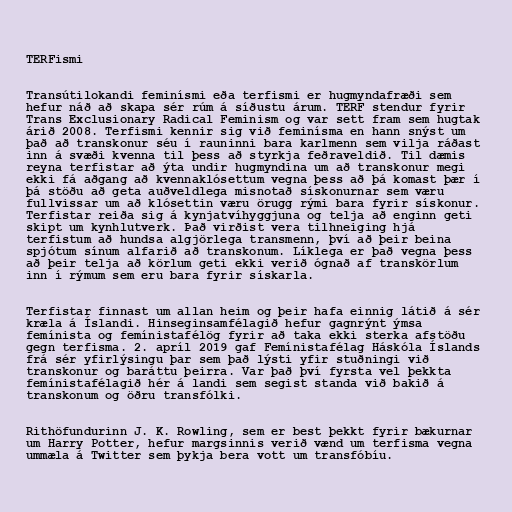
TERFismi

Transútilokandi feminísmi eða terfismi er hugmyndafræði sem
hefur náð að skapa sér rúm á síðustu árum. TERF stendur fyrir
Trans Exclusionary Radical Feminism og var sett fram sem hugtak
árið 2008. Terfismi kennir sig við feminísma en hann snýst um
það að transkonur séu í rauninni bara karlmenn sem vilja ráðast
inn á svæði kvenna til þess að styrkja feðraveldið. Til dæmis
reyna terfistar að ýta undir hugmyndina um að transkonur megi
ekki fá aðgang að kvennaklósettum vegna þess að þá komast þær í
þá stöðu að geta auðveldlega misnotað sískonurnar sem væru
fullvissar um að klósettin væru örugg rými bara fyrir sískonur.
Terfistar reiða sig á kynjatvíhyggjuna og telja að enginn geti
skipt um kynhlutverk. Það virðist vera tilhneiging hjá
terfistum að hundsa algjörlega transmenn, því að þeir beina
spjótum sínum alfarið að transkonum. Líklega er það vegna þess
að þeir telja að körlum geti ekki verið ógnað af transkörlum
inn í rýmum sem eru bara fyrir sískarla.

Terfistar finnast um allan heim og þeir hafa einnig látið á sér
kræla á Íslandi. Hinseginsamfélagið hefur gagnrýnt ýmsa
femínista og femínistafélög fyrir að taka ekki sterka afstöðu
gegn terfisma. 2. apríl 2019 gaf Femínistafélag Háskóla Íslands
frá sér yfirlýsingu þar sem það lýsti yfir stuðningi við
transkonur og baráttu þeirra. Var það því fyrsta vel þekkta
femínistafélagið hér á landi sem segist standa við bakið á
transkonum og öðru transfólki.

Rithöfundurinn J. K. Rowling, sem er best þekkt fyrir bækurnar
um Harry Potter, hefur margsinnis verið vænd um terfisma vegna
ummæla á Twitter sem þykja bera vott um transfóbíu.